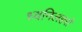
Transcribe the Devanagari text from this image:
ध्वनिलहरों